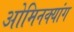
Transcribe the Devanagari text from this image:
ओमिनक्यांग